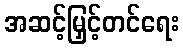
အဆင့်မြှင့်တင်ရေး